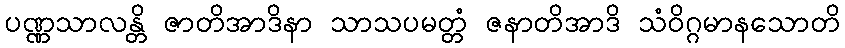
ပဏ္ဏသာလန္တိ ဇာတိအာဒိနာ သာသပမတ္တံ ဇနာတိအာဒိ သံဝိဂ္ဂမာနသောတိ